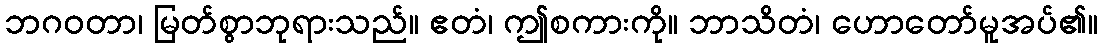
ဘဂဝတာ၊ မြတ်စွာဘုရားသည်။ ဧတံ၊ ဤစကားကို။ ဘာသိတံ၊ ဟောတော်မူအပ်၏။